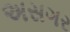
અસગર